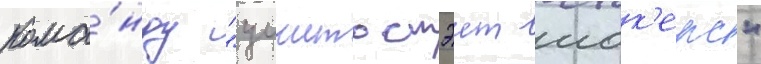
кома́нду "уичито стэит шок'ерс"